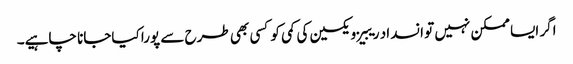
اگر ایسا ممکن نہیں تو انسداد ریبیز ویکسین کی کمی کو کسی بھی طرح سے پورا کیاجانا چاہیے۔